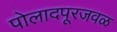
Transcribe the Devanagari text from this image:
पोलादपूरजवळ